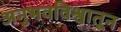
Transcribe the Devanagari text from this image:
अनुभवविश्वातून